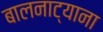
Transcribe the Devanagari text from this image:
बालनाट्याना